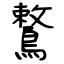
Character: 鷘